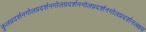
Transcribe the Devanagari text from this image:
कुलप्रदर्शनगोलप्रदर्शनगोलप्रदर्शनगोलप्रदर्शनगोलप्रदर्शनलक्ष्य